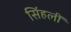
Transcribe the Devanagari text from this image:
सिंहलीं